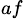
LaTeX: ^{af}